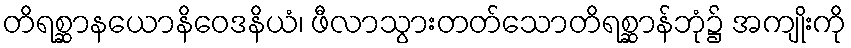
တိရစ္ဆာနယောနိဝေဒနိယံ၊ ဖီလာသွားတတ်သောတိရစ္ဆာန်ဘုံ၌ အကျိုးကို